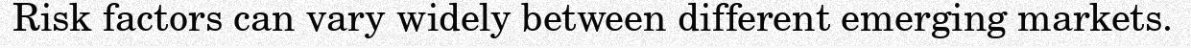
Risk factors can vary widely between different emerging markets.